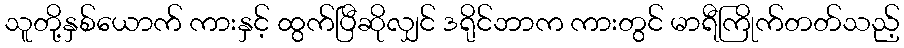
သူတို့နှစ်ယောက် ကားနှင့် ထွက်ပြီဆိုလျှင် ဒရိုင်ဘာက ကားတွင် မာရီကြိုက်တတ်သည့်